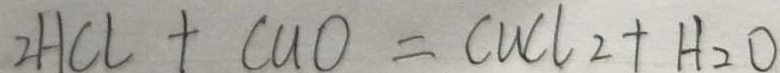
2 H C l + C u O = C u C l _ { 2 } + H _ { 2 } O